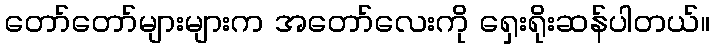
တော်တော်များများက အတော်လေးကို ရှေးရိုးဆန်ပါတယ်။